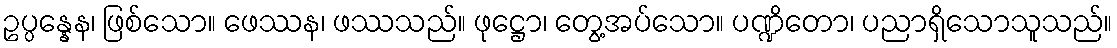
ဥပ္ပန္နေန၊ ဖြစ်သော။ ဖေဿန၊ ဖဿသည်။ ဖုဋ္ဌော၊ တွေ့အပ်သော။ ပဏ္ဍိတော၊ ပညာရှိသောသူသည်။